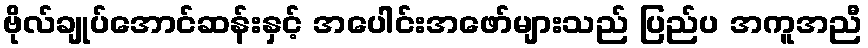
ဗိုလ်ချုပ်အောင်ဆန်းနှင့် အပေါင်းအဖော်များသည် ပြည်ပ အကူအညီ